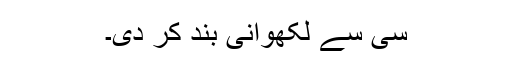
سی سے لکھوانی بند کر دی۔